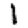
Digit: 1